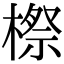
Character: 𣘤